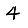
Digit: 4